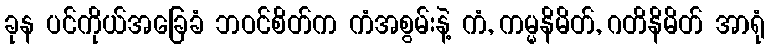
ခုန ပင်ကိုယ်အခြေခံ ဘဝင်စိတ်က ကံအစွမ်းနဲ့ ကံ, ကမ္မနိမိတ်, ဂတိနိမိတ် အာရုံ